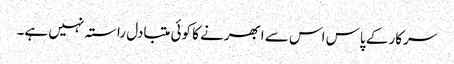
سرکار کے پاس اس سے ابھرنے کا کوئی متبادل راستہ نہیں ہے۔